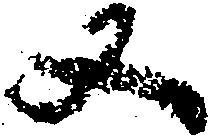
又